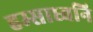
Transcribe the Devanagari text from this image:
हम्साध्वनि